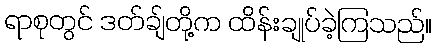
ရာစုတွင် ဒတ်ချ်တို့က ထိန်းချုပ်ခဲ့ကြသည်။